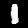
Label: 1